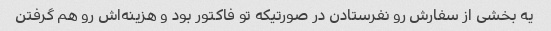
یه بخشی از سفارش رو نفرستادن در صورتیکه تو فاکتور بود و هزینه‌اش رو هم گرفتن